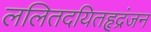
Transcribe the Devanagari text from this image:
ललितदयितहृद्रंजन